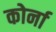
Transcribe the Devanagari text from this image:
कोर्ना